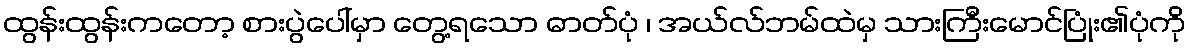
ထွန်းထွန်းကတော့ စားပွဲပေါ်မှာ တွေ့ရသော ဓာတ်ပုံ ၊ အယ်လ်ဘမ်ထဲမှ သားကြီးမောင်ပြုံး၏ပုံကို